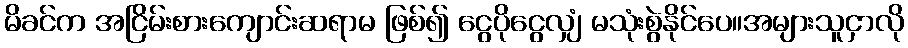
မိခင်က အငြိမ်းစားကျောင်းဆရာမ ဖြစ်၍ ငွေပိုငွေလျှံ မသုံးစွဲနိုင်ပေ။အများသူငှာလို